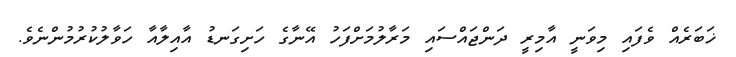
ޚަބަރެއް ވެފައި މިވަނީ އާމިރީ ދަންޖައްސައި މަރާލުމަށްފަހު އޭނާގެ ހަށިގަނޑު އާއިލާއާ ހަވާލުކުރުމުންނެވެ.